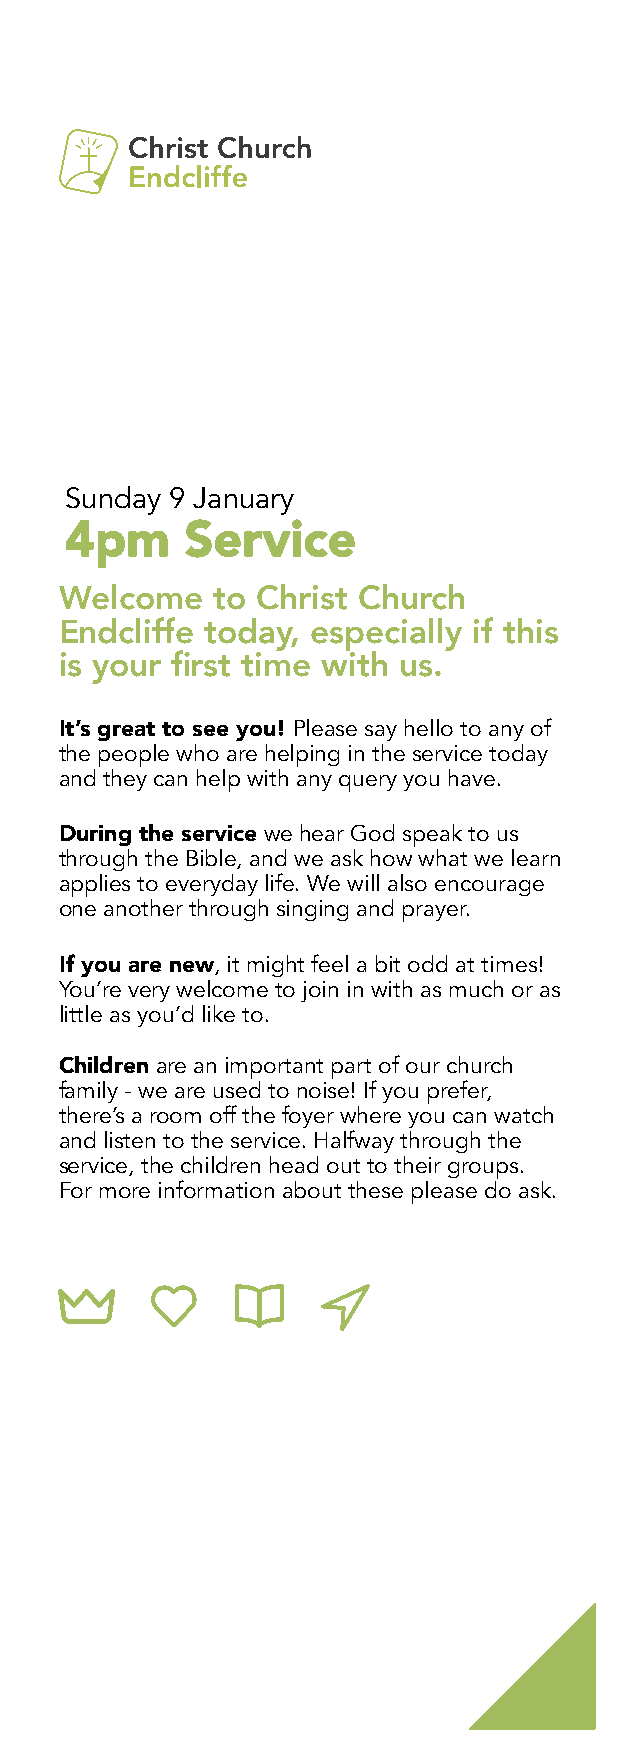
Sunday 9 January
 4pm     Service
 Welcome   to Christ Church
 Endcliffe today, especially if this
 is your first time with us.
 It’s great to see you! Please say hello to any of
 the people who are helping in the service today
 and they can help with any query you have.
 During the service we hear God speak to us
 through the Bible, and we ask how what we learn
 applies to everyday life. We will also encourage
 one another through singing and prayer.
 If you are new, it might feel a bit odd at times!
 You’re very welcome to join in with as much or as
 little as you’d like to.
 Children are an important part of our church
 family - we are used to noise! If you prefer,
 there’s a room off the foyer where you can watch
 and listen to the service. Halfway through the
 service, the children head out to their groups.
 For more information about these please do ask.